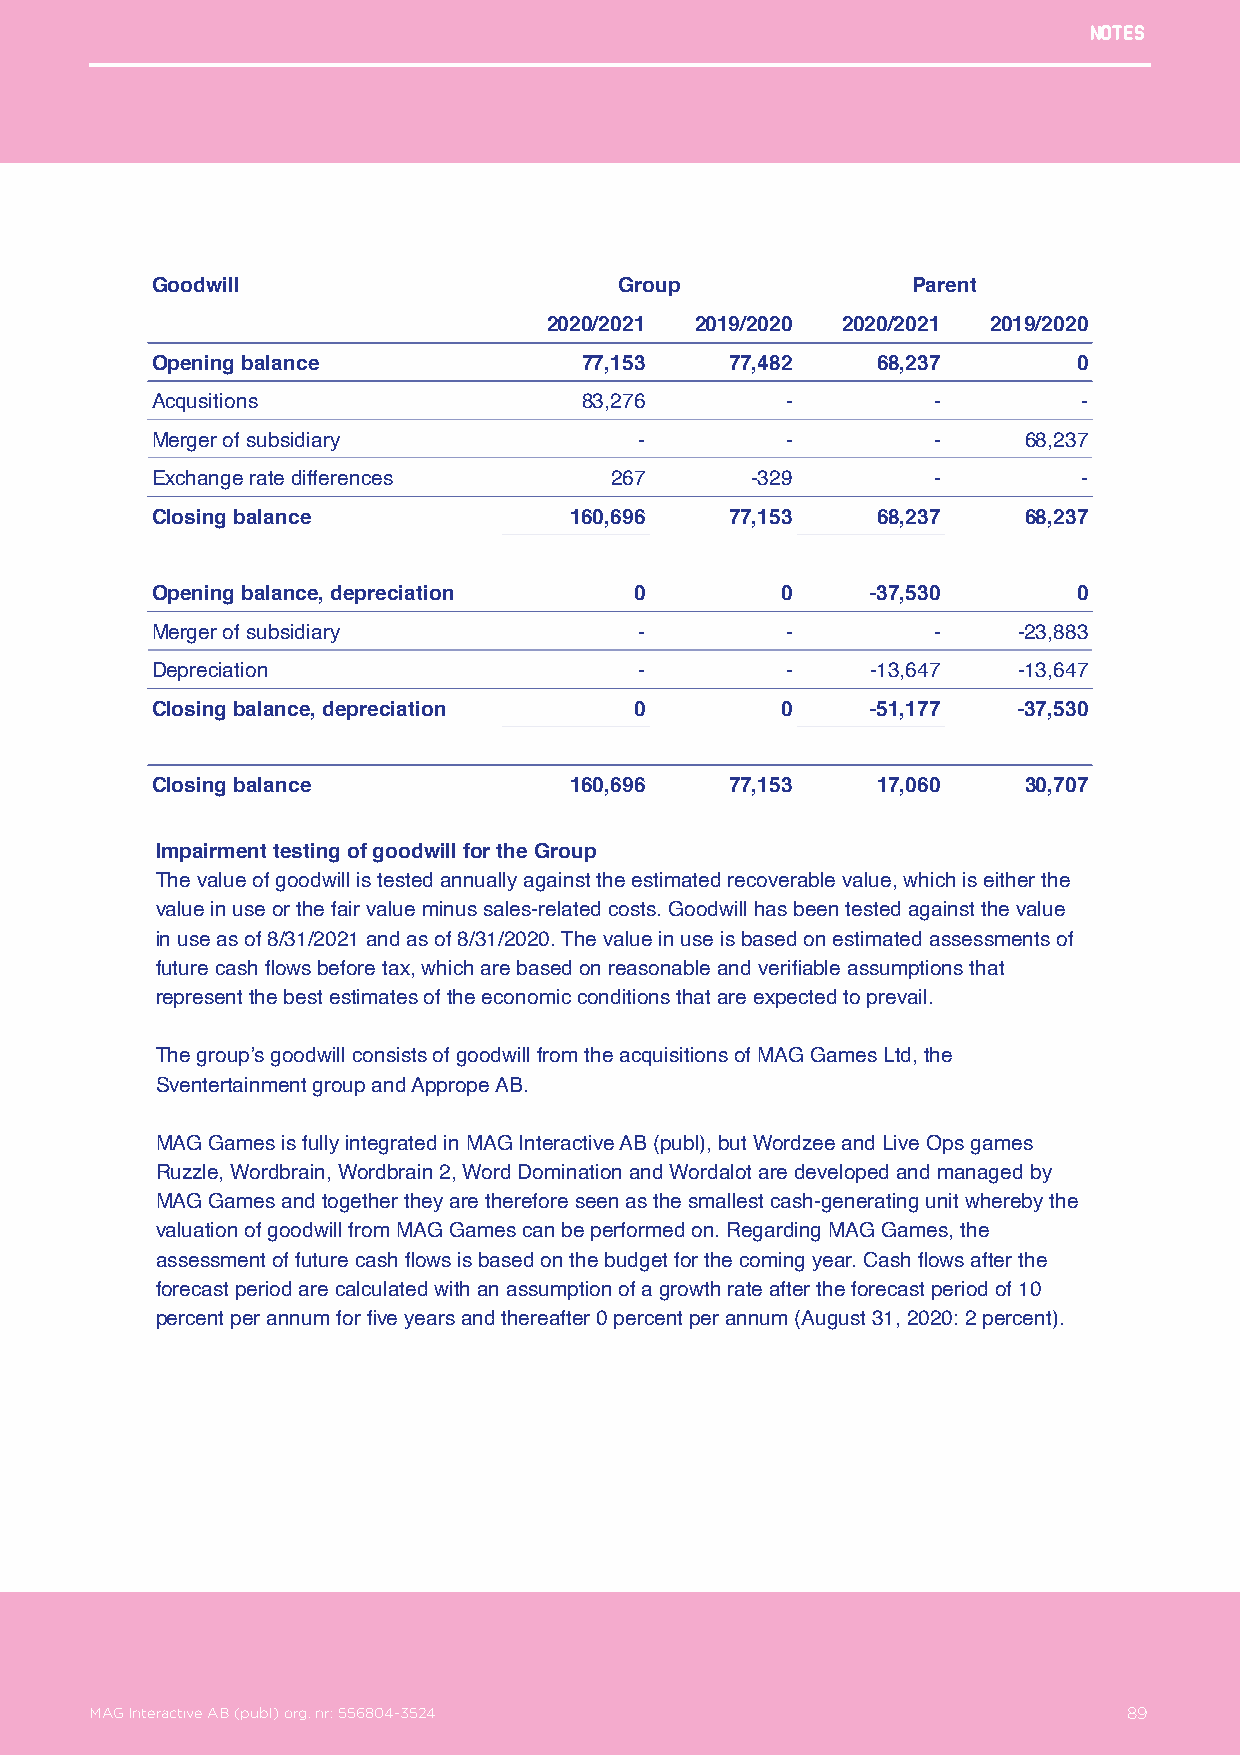
Notes
 Goodwill                       Group              Parent
 2020/2021 2019/2020 2020/2021 2019/2020
 Opening balance             77,153    77,482    68,237       0
 Acqusitions                 83,276        -         -         -
 Merger of subsidiary            -         -         -     68,237
 Exchange rate differences     267       -329        -         -
 Closing balance             160,696   77,153    68,237    68,237
 Opening balance, depreciation   0         0     -37,530      0
 Merger of subsidiary            -         -         -    -23,883
 Depreciation                    -         -     -13,647  -13,647
 Closing balance, depreciation   0         0     -51,177  -37,530
 Closing balance             160,696   77,153    17,060    30,707
 Impairment testing of goodwill for the Group
 The value of goodwill is tested annually against the estimated recoverable value, which is either the
 value in use or the fair value minus sales-related costs. Goodwill has been tested against the value
 in use as of 8/31/2021 and as of 8/31/2020. The value in use is based on estimated assessments of
 future cash flows before tax, which are based on reasonable and verifiable assumptions that
 represent the best estimates of the economic conditions that are expected to prevail.
 The group’s goodwill consists of goodwill from the acquisitions of MAG Games Ltd, the
 Sventertainment group and Apprope AB.
 MAG Games is fully integrated in MAG Interactive AB (publ), but Wordzee and Live Ops games
 Ruzzle, Wordbrain, Wordbrain 2, Word Domination and Wordalot are developed and managed by
 MAG Games and together they are therefore seen as the smallest cash-generating unit whereby the
 valuation of goodwill from MAG Games can be performed on. Regarding MAG Games, the
 assessment of future cash flows is based on the budget for the coming year. Cash flows after the
 forecast period are calculated with an assumption of a growth rate after the forecast period of 10
 percent per annum for five years and thereafter 0 percent per annum (August 31, 2020: 2 percent).
 MAG Interactive AB (publ) org. nr: 556804-3524                   89
 MAG Interactive AB (publ) org. nr: 556804-3524                       89